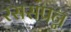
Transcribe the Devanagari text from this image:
रससंपन्न